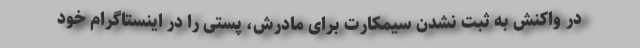
در واکنش به ثبت نشدن سیمکارت برای مادرش، پستی را در اینستاگرام خود